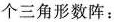
个三角形数阵：